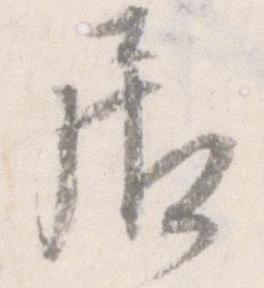
居